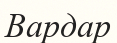
Вардар